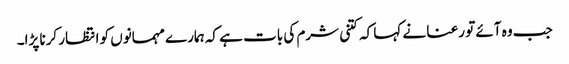
جب وہ آئے تو رعنا نے کہا کہ کتنی شرم کی بات ہے کہ ہمارے مہمانوں کو انتظار کرنا پڑا۔